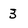
Character: 3